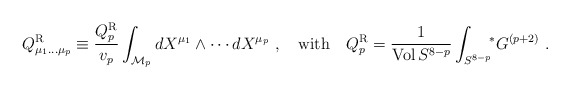
\begin{align*}Q^{\rm R}_{\mu_1\dots\mu_p}\equiv {Q^{\rm R}_p\over v_p}\int_{{\cal M}_p} dX^{\mu_1}\wedge\cdots dX^{\mu_p} \ ,\quad {\rm with}\quad Q_p^{\rm R}={1\over {\rm Vol}\, S^{8-p}}\int_{S^{8-p}}\!\! {}^*G^{(p+2)}\ .\end{align*}